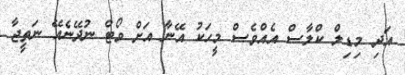
އަދި މިޑިލް ކްލާސް އެއްވެސް މީހަކު އޭނާ އަށް ވޯޓް ނުދޭނެއޭ ނަތީޖާ